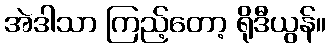
အဲဒါသာ ကြည့်တော့ ရိုဒီယွန်။